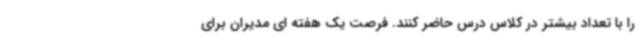
را با تعداد بیشتر در کلاس درس حاضر کنند. فرصت یک هفته ای مدیران برای